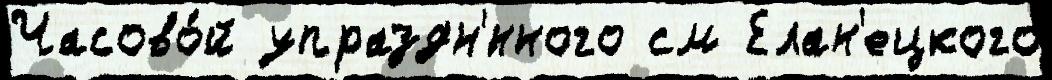
Часово́й упраздн'́нного см Елан'ецкого